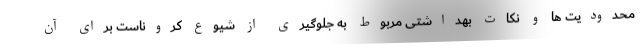
محدودیت ها و نکات بهداشتی مربوط به جلوگیری از شیوع کروناست برای آن